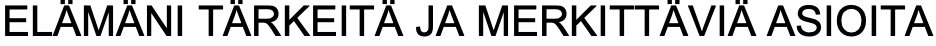
ELÄMÄNI TÄRKEITÄ JA MERKITTÄVIÄ ASIOITA